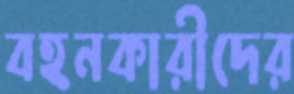
বহনকারীদের